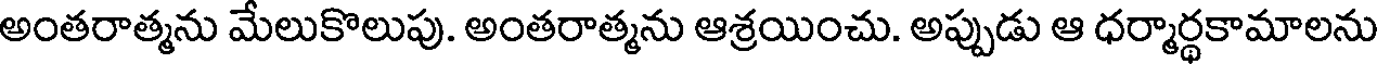
అంతరాత్మను మేలుకొలుపు. అంతరాత్మను ఆశ్రయించు. అప్పుడు ఆ ధర్మార్థకామాలను